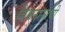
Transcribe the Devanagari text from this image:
विश्वनाथांची